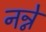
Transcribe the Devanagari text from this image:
नन्ने